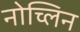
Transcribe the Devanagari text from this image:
नोच्लिन